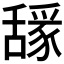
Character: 𰰈